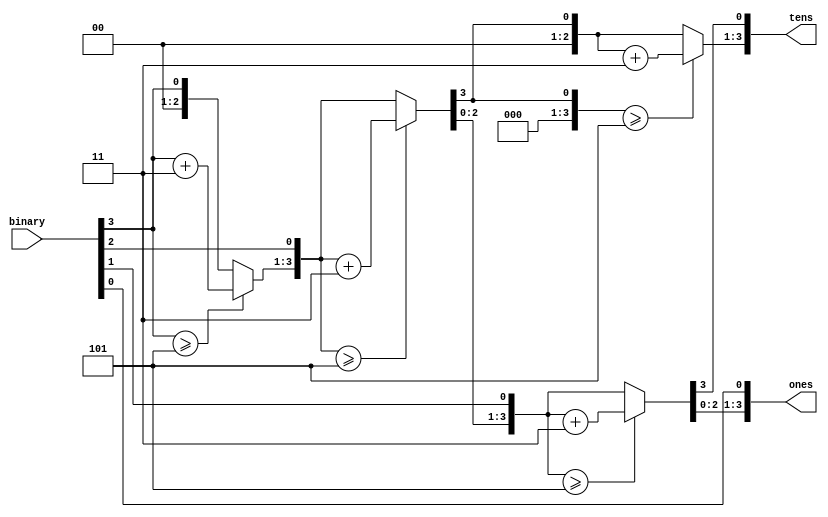
module BIN_to_BCD(
    input [3:0] binary,
    output reg [3:0] tens, ones
);

integer i;

always @(binary)
begin
  tens = 4'b0;
  ones = 4'b0;

  for (i = 3; i >= 0; i = i - 1)
    begin
        if (tens >= 5)
            tens = tens + 3;
        if (ones >= 5)
            ones = ones + 3;

        tens = tens << 1;
        tens[0] = ones[3];
        ones = ones << 1;
        ones[0] = binary[i];
    end
end
endmodule